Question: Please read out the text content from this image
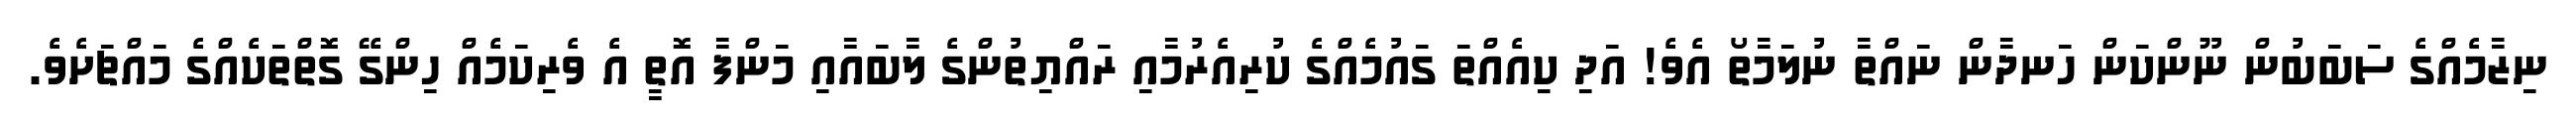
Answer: ނިޒާމެއްގެ ސަބަބުން ނޫންކަން ހަނދާން ނައްތާ ނުލަމާތޯ އެވެ! އަދި ކިއެއްތަ ގައުމެއްގެ ކުރިއެރުމާއި ރައްޔިތުންގެ ލާބައާއި މަންފާ އޮތީ އެ ވެރިކަމެއް ހިންގޭ ގޮތްތަކެއްގެ މައްޗަށެވެ.